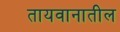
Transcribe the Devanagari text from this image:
तायवानातील